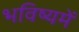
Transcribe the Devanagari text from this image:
भविष्‍यमें